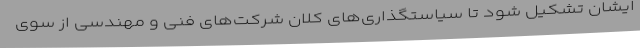
ایشان تشکیل شود تا سیاستگذاری‌های کلان شرکت‌های فنی و مهندسی از سوی